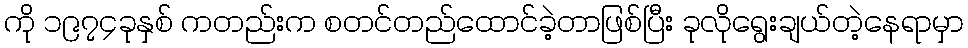
ကို ၁၉၇၄ခုနှစ် ကတည်းက စတင်တည်ထောင်ခဲ့တာဖြစ်ပြီး ခုလိုရွေးချယ်တဲ့နေရာမှာ